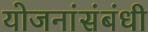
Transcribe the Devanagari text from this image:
योजनांसंबंधी